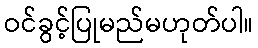
ဝင်ခွင့်ပြုမည်မဟုတ်ပါ။